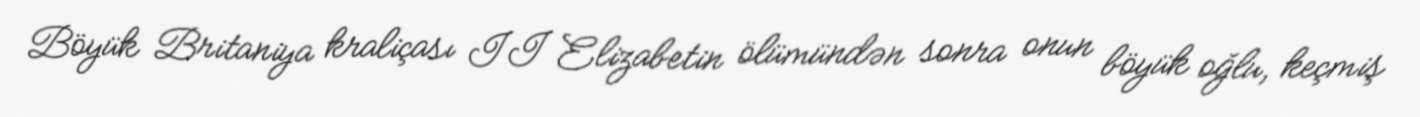
Böyük Britaniya kraliçası II Elizabetin ölümündən sonra onun böyük oğlu, keçmiş